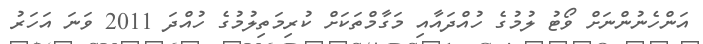
އަންހެނުންނަށް ވޯޓު ލުމުގެ ހުއްދައާއި މަގާމްތަކަށް ކުރިމަތިލުމުގެ ހުއްދަ 2011 ވަނަ އަހަރު